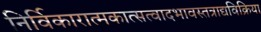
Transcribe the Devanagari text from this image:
निर्विकारात्मकात्सत्वादभावस्तत्राद्यविक्रिया